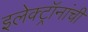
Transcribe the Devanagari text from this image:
इलेक्ट्रॉनांची